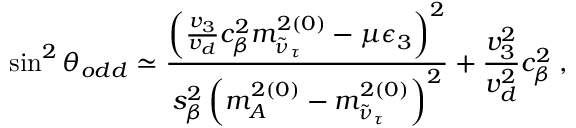
\sin ^ { 2 } { \theta _ { o d d } } \simeq { \frac { \left( { \frac { v _ { 3 } } { v _ { d } } } c _ { \beta } ^ { 2 } m _ { \tilde { \nu } _ { \tau } } ^ { 2 ( 0 ) } - \mu \epsilon _ { 3 } \right) ^ { 2 } } { s _ { \beta } ^ { 2 } \left( m _ { A } ^ { 2 ( 0 ) } - m _ { \tilde { \nu } _ { \tau } } ^ { 2 ( 0 ) } \right) ^ { 2 } } } + \frac { v _ { 3 } ^ { 2 } } { v _ { d } ^ { 2 } } c _ { \beta } ^ { 2 } \; ,